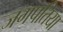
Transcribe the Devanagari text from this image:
जगपतिया